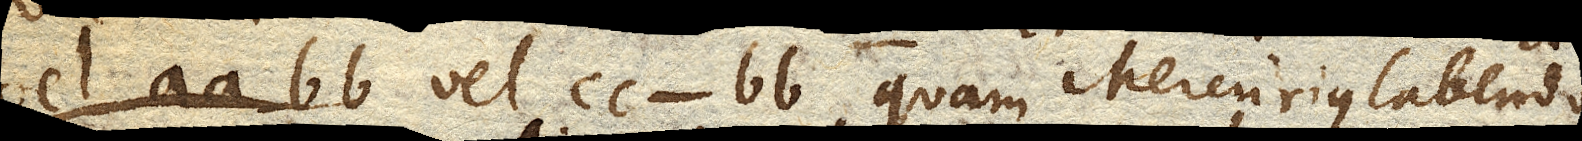
vel cc-bb quam Mercurius labendo